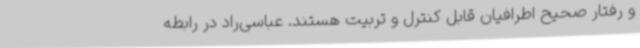
و رفتار صحیح اطرافیان قابل کنترل و تربیت هستند. عباسی‌راد در رابطه